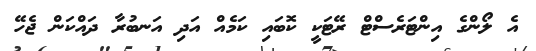
އެ ލޯންގެ އިންޓަރެސްޓް ރޭޓަކީ ކޮބައި ކަމެއް އަދި އަނބުރާ ދައްކަން ޖެހޭ